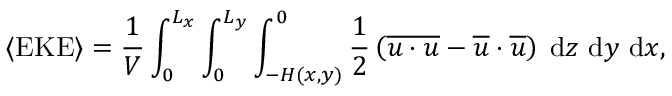
\langle \mathrm { E K E } \rangle = \frac { 1 } { V } \int _ { 0 } ^ { L _ { x } } \int _ { 0 } ^ { L _ { y } } \int _ { - H ( x , y ) } ^ { 0 } \frac { 1 } { 2 } \left( \overline { { \boldsymbol { u } \cdot \boldsymbol { u } } } - \overline { { \boldsymbol { u } } } \cdot \overline { { \boldsymbol { u } } } \right) \; \mathrm { d } z \ \mathrm { d } y \ \mathrm { d } x ,